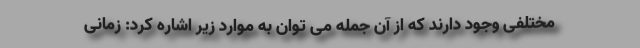
مختلفی وجود دارند که از آن جمله می توان به موارد زیر اشاره کرد: زمانی